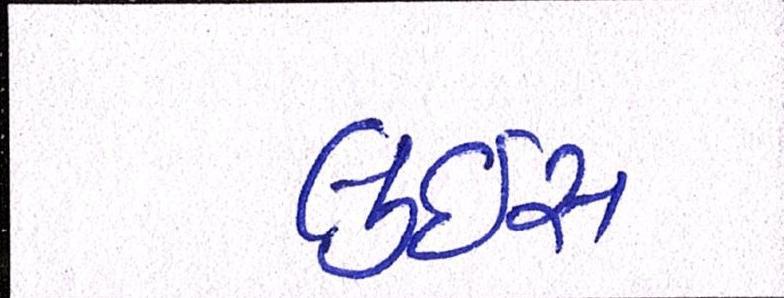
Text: લુઇસ